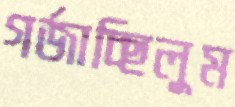
গর্জাচ্ছিলুম